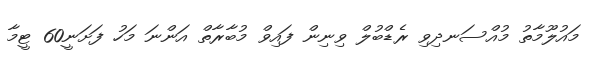
މައުލޫމާތު މުއްސަނދިވި ރެޑްބުލް ވިނިން ފައިވް މުބާރާތް އަންނަ މަހު ފަށަނީ60 ޓީމާ